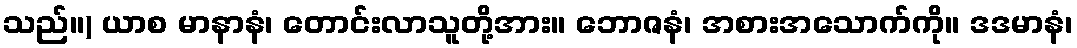
သည်။) ယာစ မာနာနံ၊ တောင်းလာသူတို့အား။ ဘောဇနံ၊ အစားအသောက်ကို။ ဒဒမာနံ၊